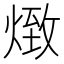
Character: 𤋖